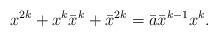
LaTeX: \begin{align*}x^{2k}+x^k\bar{x}^k+\bar{x}^{2k}=\bar{a}\bar{x}^{k-1}x^{k}.\end{align*}